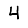
Digit: 4